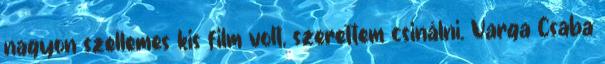
nagyon szellemes kis film volt, szerettem csinálni. Varga Csaba